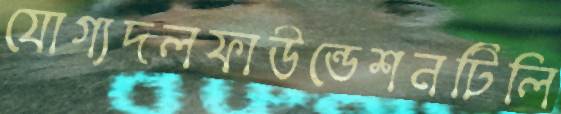
যোগ্যদলফাউন্ডেশনটিলি